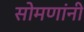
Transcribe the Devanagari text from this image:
सोमणांनी